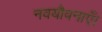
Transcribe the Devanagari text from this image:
नवयौवनाएँ।